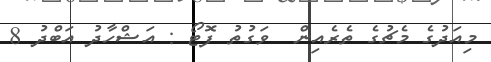
މިއަދުގެ މެޗުގެ ތެރެއިން  ވަގުތު ފޮޓޯ : އަޝްހާދު އަބްދު 8